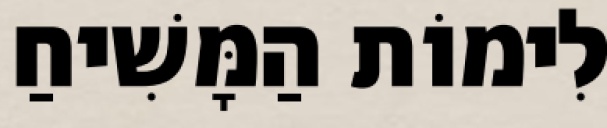
לִימוֹת הַמָּשִׁיחַ